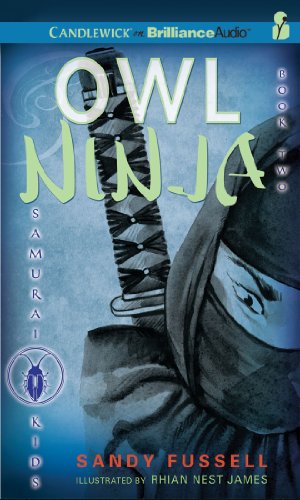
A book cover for Samurai Kids #2: Owl Ninja (Samurai Kids Series); Sandy Fussell; Teen & Young Adult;